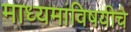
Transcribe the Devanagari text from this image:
माध्यमांविषयीचे